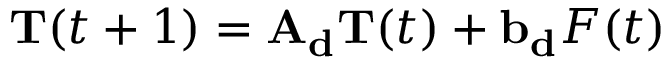
\mathbf { T } ( t + 1 ) = \mathbf { A _ { d } T } ( t ) + \mathbf { b _ { d } } F ( t )